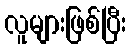
လူများဖြစ်ပြီး